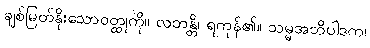
ချစ်မြတ်နိုးသောဝတ္ထုကို။ လဘန္တိ၊ ရကုန်၏။ သမ္မအဘိပါဒက၊